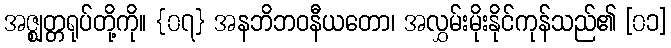
အဇ္ဈတ္တရုပ်တို့ကို။ {၀၇} အနဘိဘဝနီယတော၊ အလွှမ်းမိုးနိုင်ကုန်သည်၏ [၀၁]